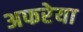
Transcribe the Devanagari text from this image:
अफरेया